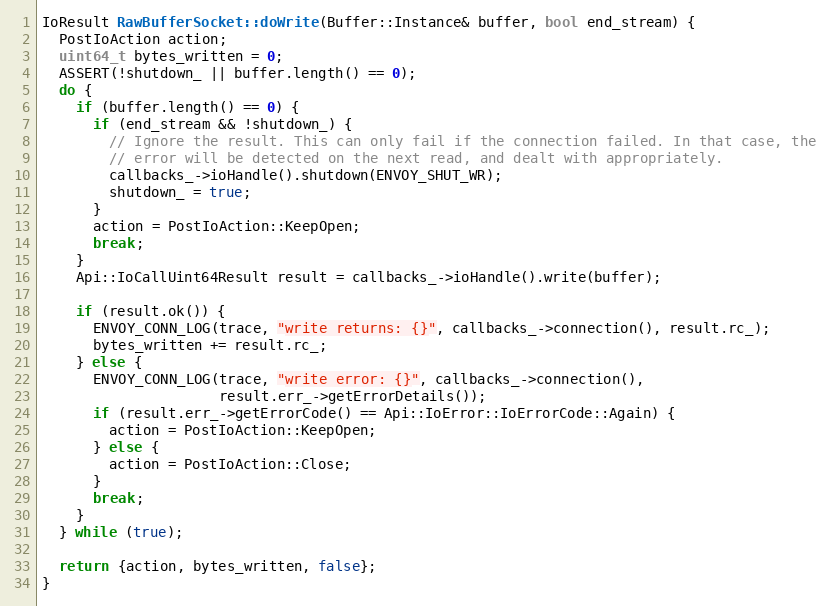
Language: C++
IoResult RawBufferSocket::doWrite(Buffer::Instance& buffer, bool end_stream) {
  PostIoAction action;
  uint64_t bytes_written = 0;
  ASSERT(!shutdown_ || buffer.length() == 0);
  do {
    if (buffer.length() == 0) {
      if (end_stream && !shutdown_) {
        // Ignore the result. This can only fail if the connection failed. In that case, the
        // error will be detected on the next read, and dealt with appropriately.
        callbacks_->ioHandle().shutdown(ENVOY_SHUT_WR);
        shutdown_ = true;
      }
      action = PostIoAction::KeepOpen;
      break;
    }
    Api::IoCallUint64Result result = callbacks_->ioHandle().write(buffer);

    if (result.ok()) {
      ENVOY_CONN_LOG(trace, "write returns: {}", callbacks_->connection(), result.rc_);
      bytes_written += result.rc_;
    } else {
      ENVOY_CONN_LOG(trace, "write error: {}", callbacks_->connection(),
                     result.err_->getErrorDetails());
      if (result.err_->getErrorCode() == Api::IoError::IoErrorCode::Again) {
        action = PostIoAction::KeepOpen;
      } else {
        action = PostIoAction::Close;
      }
      break;
    }
  } while (true);

  return {action, bytes_written, false};
}